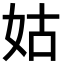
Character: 姑